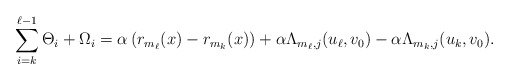
\begin{align*}\sum_{i=k}^{\ell-1}\Theta_i + \Omega_i = \alpha \left(r_{m_{\ell}}(x) - r_{m_{k}}(x)\right) + \alpha\Lambda_{m_{\ell},j}(u_{\ell},v_0) - \alpha\Lambda_{m_{k},j}(u_{k},v_0).\end{align*}